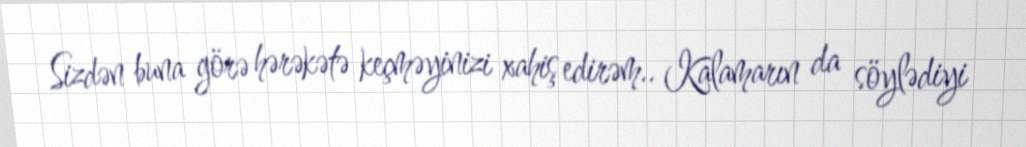
Sizdən buna görə hərəkətə keçməyinizi xahiş edirəm.. Kalamarın da söylədiyi